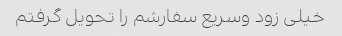
خیلی زود وسریع سفارشم را تحویل گرفتم